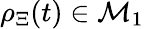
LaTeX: \rho_{\Xi}(t)\in\mathcal{M}_{1}